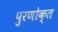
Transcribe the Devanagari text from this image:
पुरणोक्त